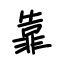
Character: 靠